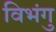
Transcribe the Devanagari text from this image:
विभंगु